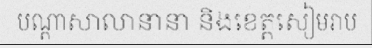
បណ្តាសាលានានា និងខេត្តសៀមរាប